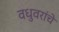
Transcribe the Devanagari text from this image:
वधुवरांचे